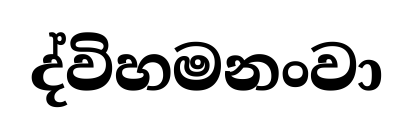
ද්විහමනංවා